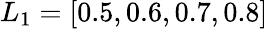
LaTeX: L_{1}=[0.5,0.6,0.7,0.8]